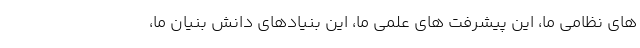
های نظامی ما، این پیشرفت های علمی ما، این بنیادهای دانش بنیان ما،